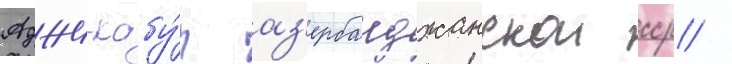
Аджи-кабу́л аз'ербаиджанскои сср /